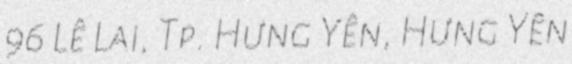
96 Lê Lai, Tp. Hưng Yên, Hưng Yên